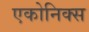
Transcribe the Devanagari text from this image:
एकोनिक्स